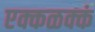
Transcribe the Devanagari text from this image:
एक्कळक्कं